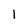
Character: l